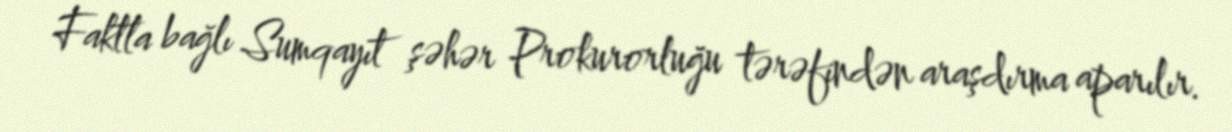
Faktla bağlı Sumqayıt şəhər Prokurorluğu tərəfindən araşdırma aparılır.